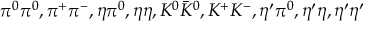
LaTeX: \pi ^ { 0 } \pi ^ { 0 } , \pi ^ { + } \pi ^ { - } , \eta \pi ^ { 0 } , \eta \eta , K ^ { 0 } \bar { K } ^ { 0 } , K ^ { + } K ^ { - } , \eta ^ { \prime } \pi ^ { 0 } , \eta ^ { \prime } \eta , \eta ^ { \prime } \eta ^ { \prime }